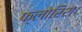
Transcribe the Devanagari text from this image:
फ्लोरिश